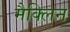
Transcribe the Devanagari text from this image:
मैक्लिन